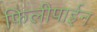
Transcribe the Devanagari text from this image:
फिलीपाईन